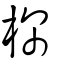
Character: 棎